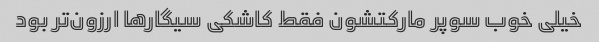
خیلی خوب سوپر مارکتشون فقط کاشکی سیگار‌ها ارزون‌تر بود